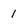
Character: 1